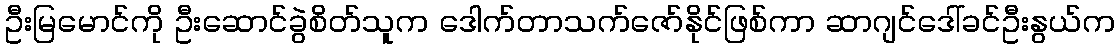
ဦးမြမောင်ကို ဦးဆောင်ခွဲစိတ်သူက ဒေါက်တာသက်ဇော်နိုင်ဖြစ်ကာ ဆာဂျင်ဒေါ်ခင်ဦးနွယ်က